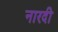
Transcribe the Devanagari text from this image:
नारदी